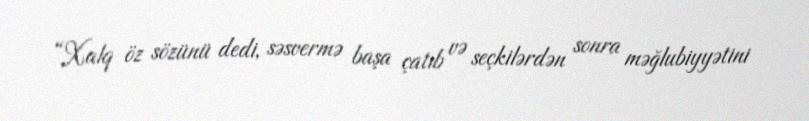
“Xalq öz sözünü dedi, səsvermə başa çatıb və seçkilərdən sonra məğlubiyyətini